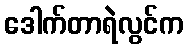
ဒေါက်တာရဲလွင်က